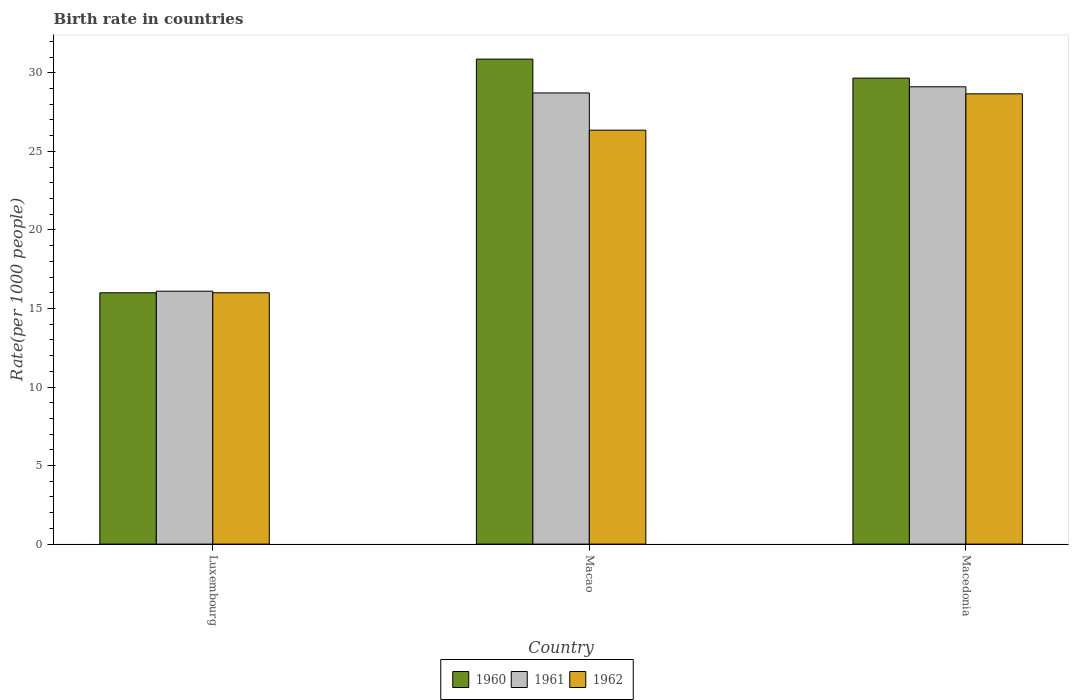
| Country | 1960 | 1961 | 1962 |
 | --- | --- | --- | --- |
 | Luxembourg | 16 | 16.1 | 16 |
 | Macao | 30.9 | 28.7 | 26.4 |
 | Macedonia | 29.7 | 29.1 | 28.7 |